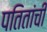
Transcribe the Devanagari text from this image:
पतितांची